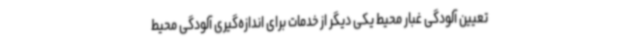
تعیین آلودگی غبار محیط یکی دیگر از خدمات برای اندازه‌گیری آلودگی محیط